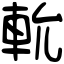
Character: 𨋍